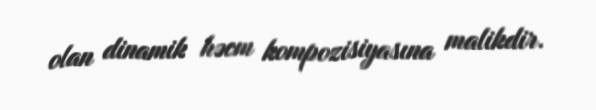
olan dinamik həcm kompozisiyasına malikdir.